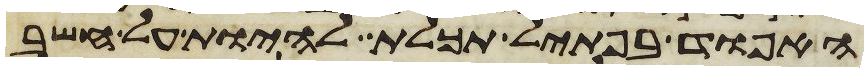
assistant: האפוד בפתיל תכלת להיות על חשב